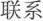
联系